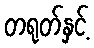
တရုတ်နှင့်